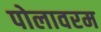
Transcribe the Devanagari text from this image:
पोलावरम